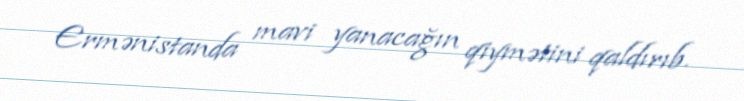
Ermənistanda mavi yanacağın qiymətini qaldırıb.